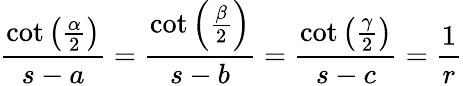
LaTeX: {\frac{\cot\left({\frac{\alpha}{2}}\right)}{s-a}}={\frac{\cot\left({\frac{\beta}{2}}\right)}{s-b}}={\frac{\cot\left({\frac{\gamma}{2}}\right)}{s-c}}={\frac{1}{r}}